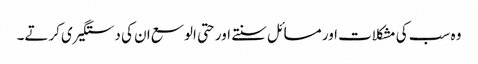
وہ سب کی مشکلات اور مسائل سنتے اور حتی الوسع ان کی دستگیری کرتے۔